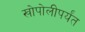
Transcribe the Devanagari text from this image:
खोपोलीपर्यंत